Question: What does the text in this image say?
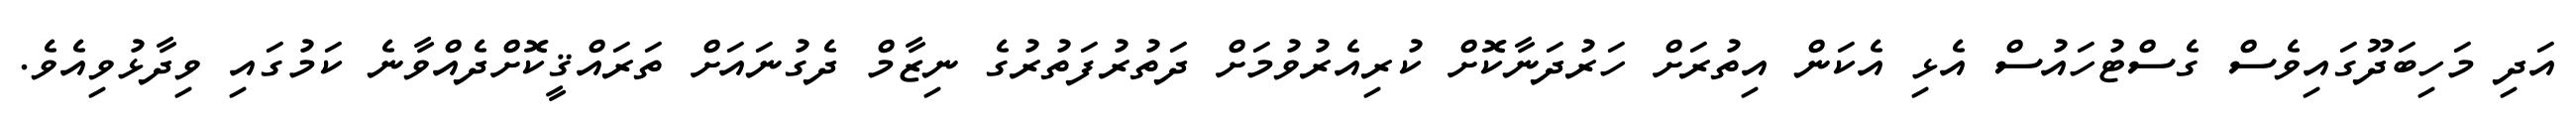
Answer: އަދި މަހިބަދޫގައިވެސް ގެސްޓުހައުސް އެޅި އެކަން އިތުރަށް ހަރުދަނާކޮށް ކުރިއެރުވުމަށް ދަތުރުފަތުރުގެ ނިޒާމް ދެގުނައަށް ތަރައްޤީކޮށްދެއްވާނެ ކަމުގައި ވިދާޅުވިއެވެ.